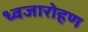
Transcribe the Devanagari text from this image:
ध्‍वजारोहण